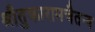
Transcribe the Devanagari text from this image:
श्रीतुकारामचैतन्य